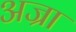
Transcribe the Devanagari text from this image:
अज्रा